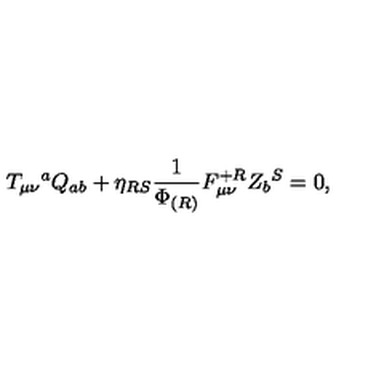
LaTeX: T _ { \mu \nu } { } ^ { a } Q _ { a b } + \eta _ { R S } { \frac { 1 } { \Phi _ { ( R ) } } } F _ { \mu \nu } ^ { + R } Z _ { b } { } ^ { S } = 0 ,